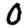
Digit: 0